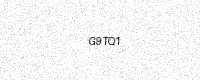
Text: G9TQ1